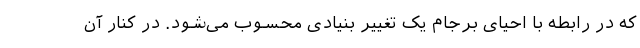
که در رابطه با احیای برجام یک تغییر بنیادی محسوب می‌شود. در کنار آن